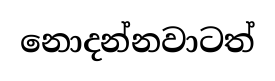
නොදන්නවාටත්